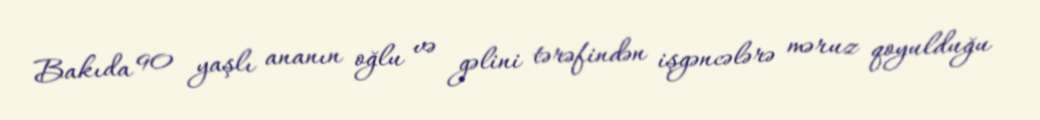
Bakıda 90 yaşlı ananın oğlu və gəlini tərəfindən işgəncələrə məruz qoyulduğu